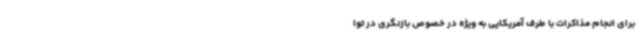
برای انجام مذاکرات با طرف آمریکایی به ویژه در خصوص بازنگری در توا